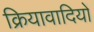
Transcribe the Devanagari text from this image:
क्रियावादियों